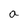
Character: a